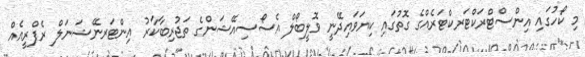
މި ކޯހުގައި އިންސްޓްރަކްޓަރކްޓަރެއްގެ ގޮތުގައި ކިޔަވައިދޭނީ ވޮލީބޯލް އެސޯސިއޭޝަންގެ ތަޖުރިބާކާރު އިންޓަރނޭޝަނަލް ރެފްރީއެއް